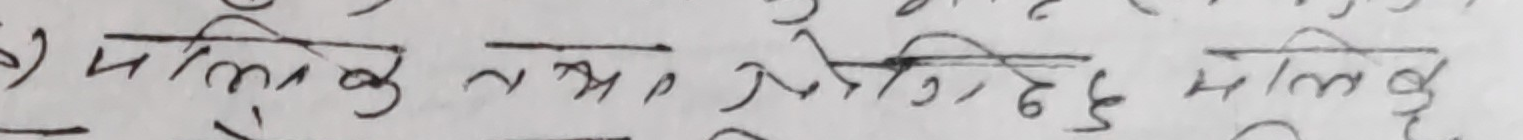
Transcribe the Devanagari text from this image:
मलिक तथा नेपाली हुन् मलिक